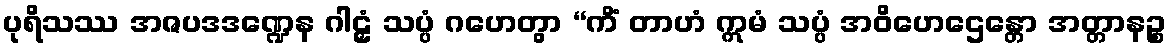
ပုရိသဿ အဇပဒဒဏ္ဍေန ဂါဠှံ သပ္ပံ ဂဟေတွာ “ကိံ တာဟံ ဣမံ သပ္ပံ အဝိဟေဌေန္တော အတ္တာနဉ္စ